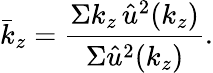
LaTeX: \bar{k}_{z}=\frac{\Sigma k_{z}\, \hat{u}^{2}(k_{z})}{\Sigma\hat{u}^{2}(k_{z})}.